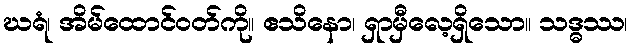
ဃရံ၊ အိမ်ထောင်ဝတ်ကို။ ဧသိနော၊ ရှာမှီလေ့ရှိသော။ သဒ္ဓဿ၊